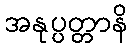
အနုပ္ပတ္တာနိ